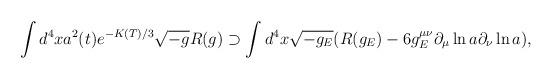
LaTeX: \begin{align*}\int d^4 x a^2(t) e^{-K(T)/3}\sqrt{-g} R(g)\supset \int d^4x\sqrt{-g_E}(R(g_E)-6g_E^{\mu\nu}\partial_\mu\ln a\partial_{\nu}\ln a),\end{align*}